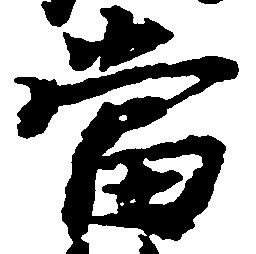
当